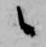
候